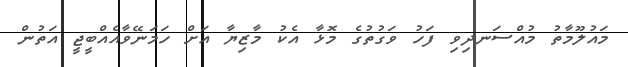
މައުލޫމާތު މުއްސަނދިވި ފަހު ވަގުތުގެ މޮޅާ އެކު މާޒިޔާ އަށް ހަމަނޭވާއެއްބީޖީ އަތުން